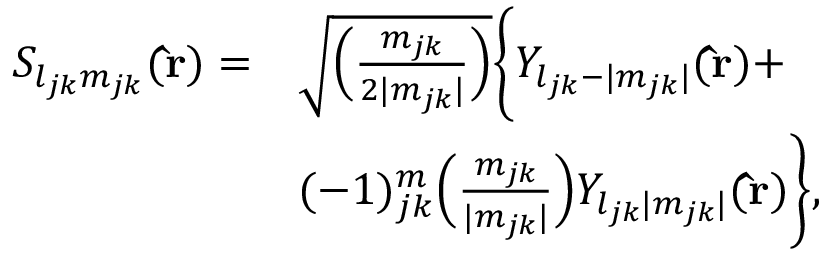
\begin{array} { r l } { S _ { l _ { j k } m _ { j k } } ( \mathbf { \hat { r } } ) = } & { \sqrt { \Big ( \frac { m _ { j k } } { 2 | m _ { j k } | } \Big ) } \Bigg \{ Y _ { l _ { j k } - | m _ { j k } | } ( \mathbf { \hat { r } } ) + } \\ & { ( - 1 ) _ { j k } ^ { m } \Big ( \frac { m _ { j k } } { | m _ { j k } | } \Big ) Y _ { l _ { j k } | m _ { j k } | } ( \mathbf { \hat { r } } ) \Bigg \} , } \end{array}